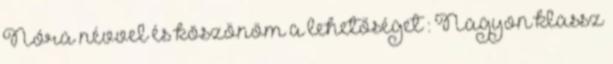
Nóra névvel és köszönöm a lehetőséget : Nagyon klassz